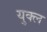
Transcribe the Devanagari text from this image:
युक्ल